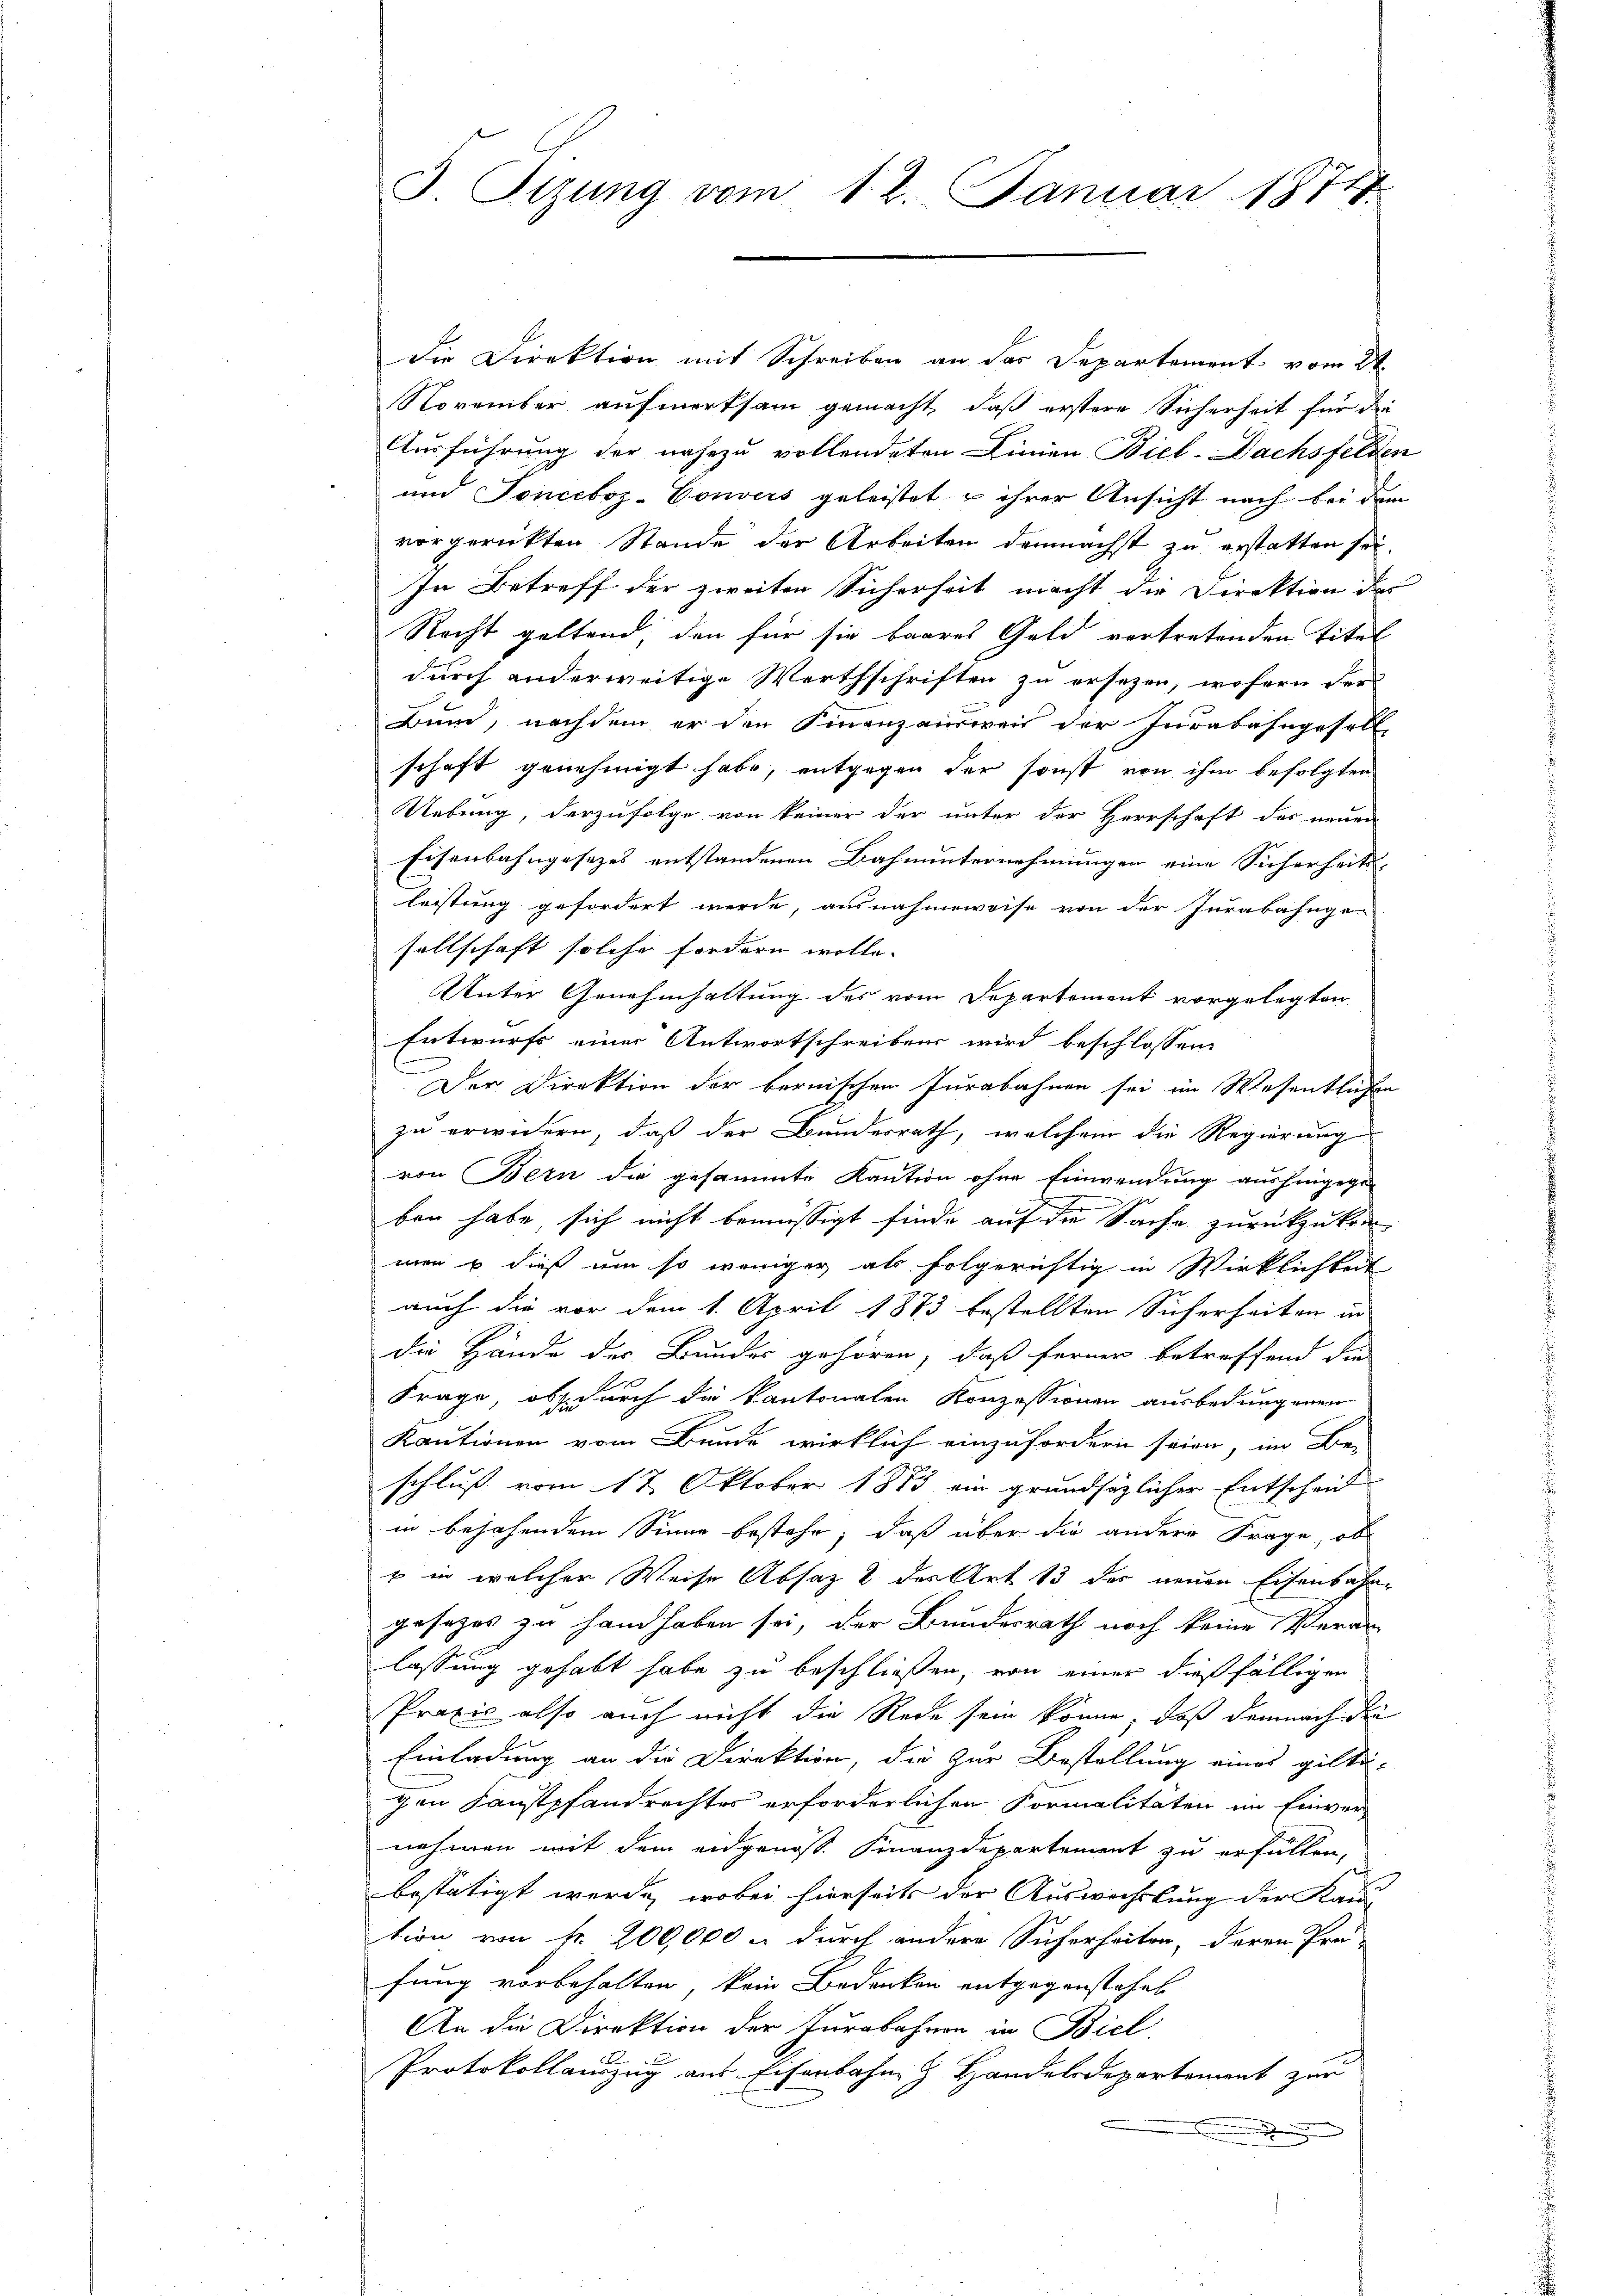
3 Sizung vom 12. Januar 1874

die Direktion mit Schreiben an das Departement vom 2ten
November aufmerksam gemacht, daß erstere Sicherheit für die
Ausführung der nahezu vollendeten Linien Biel-Dachsfelden
und Tonceboz-Vouvers geleistet u ihrer Ansicht nach bei dem
vorgerückten Stande der Arbeiten demnächst zu erstatten sei.
In Betreff der zweiten Sicherheit macht die Direktion des
Recht geltend, den für sie baares Geld vortretenden Titel
durch anderweitige Werthschriften zu ersezen, wofern der
Bund, nachdem er den Finanzausien der Invabahngesell
schaft genehmigt habe, entgegen der sonst von ihm befolgten
Uebung, derzufolge von keiner der unter der Herrschaft des neuen
Eisenbahngesezes entstandenen Bahnunternehmungen eine Sicherheits-
leistung gefordert werde, ausnahmsweise von der Jurabahnge-
sellschaft solche fordern wolle.
Unter Genehmhaltung des vom Departement vorgelegten
Entwurfs einer Antwortschreibens wird beschlossen
(
Der Direktion der bernischen Jurabahnen sei im Wesentlichen
zu erwidern, daß der Bundesrath, welchem die Regierung
von Bern die gesammte Kaution ohne Einwendung aushingegen
ben habe, sich nicht bemüssigt finde auf die Sache zurückzukommen & dieß um so weniger als folgerichtig in Wirklichkeit
auch die vor dem 1. April 1883 bestellten Sicherheiten in
die Hände der Bundes gehören, daß ferner betreffend die
Frage, ob durch da kantonalen Konzessionen ausbedungenen
Kautionen vom Bunde wirklich einzufordern seien, im Be-
schluß vom 17. Oktober 1873 ein grundsätzlicher Entscheid
in bejahendem Sinne bestehe, daß über die andere Frage, ob
u in welcher Weise Absatz 2 des Art 13 der neuen Eisenbahngesetzes zu handhaben sei, der Bundesrath noch keine Veran-
lassung gehabt habe zu beschließen, von einer dießfälligen
Praxis also auch nicht die Rede sein könne, daß demnach die
Einladung an die Direktion, die zur Bestellung eines gilti-
gen Kaustpfandrechtes erforderlichen Formalitäten im Einver-
nehmen mit dem eidgenoss. Finanzdepartement zu erfüllen,
bestätigt werde, wobei hierseits der Auswechslung der Kau
tion von fr. 200,000 u. durch andere Sicherheiten, deren Pro-
fung vorbehalten, kein Bedenken entgegenstehet
An die Direktion der Jurabahnen in Biel
Protokollauszug aus Eisenbahn & Handelsdepartement zur